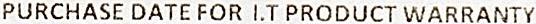
PURCHASE DATE FOR I.T PRODUCT WARRANTY